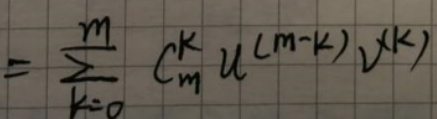
\[
=\sum_{k = 0}^{m} C_{m}^{k} u^{(m - k)} v^{(k)}
\]